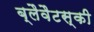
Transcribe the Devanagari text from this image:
ब्लैवैटस्की